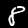
Digit: 8